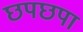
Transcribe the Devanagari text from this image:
छपछपा